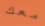
معك